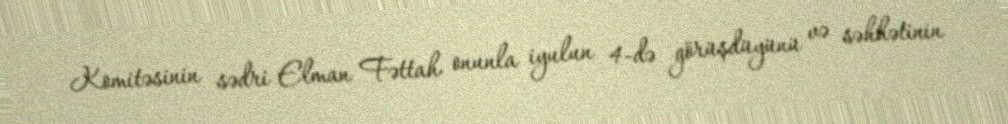
Komitəsinin sədri Elman Fəttah onunla iyulun 4-də görüşdüyünü və səhhətinin